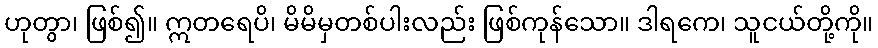
ဟုတွာ၊ ဖြစ်၍။ ဣတရေပိ၊ မိမိမှတစ်ပါးလည်း ဖြစ်ကုန်သော။ ဒါရကေ၊ သူငယ်တို့ကို။